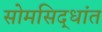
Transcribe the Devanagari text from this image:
सोमसिद्धांत